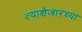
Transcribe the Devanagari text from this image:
त्याशेजारच्या